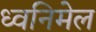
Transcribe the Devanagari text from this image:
ध्वनिमेल